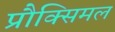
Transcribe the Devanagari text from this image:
प्रौक्सिमल